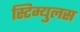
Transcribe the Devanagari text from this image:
स्टिम्युलस